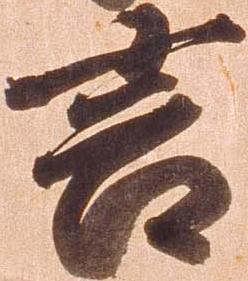
言